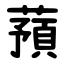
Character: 蕷